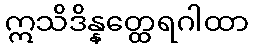
ဣသိဒိန္နတ္ထေရဂါထာ